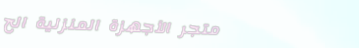
متجر الأجهزة المنزلية الح